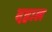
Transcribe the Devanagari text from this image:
दहाल